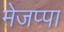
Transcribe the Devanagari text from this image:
मेजप्पा